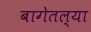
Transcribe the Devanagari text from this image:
बागेतल्या